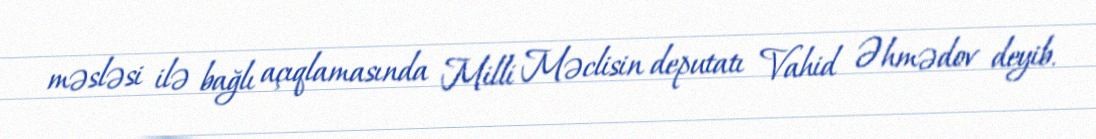
məsləsi ilə bağlı açıqlamasında Milli Məclisin deputatı Vahid Əhmədov deyib.